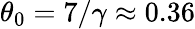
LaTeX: \theta_{0}=7/\gamma\approx 0.36